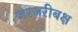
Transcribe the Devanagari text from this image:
जरजरीबक्ष